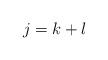
\begin{align*}j=k+l \end{align*}